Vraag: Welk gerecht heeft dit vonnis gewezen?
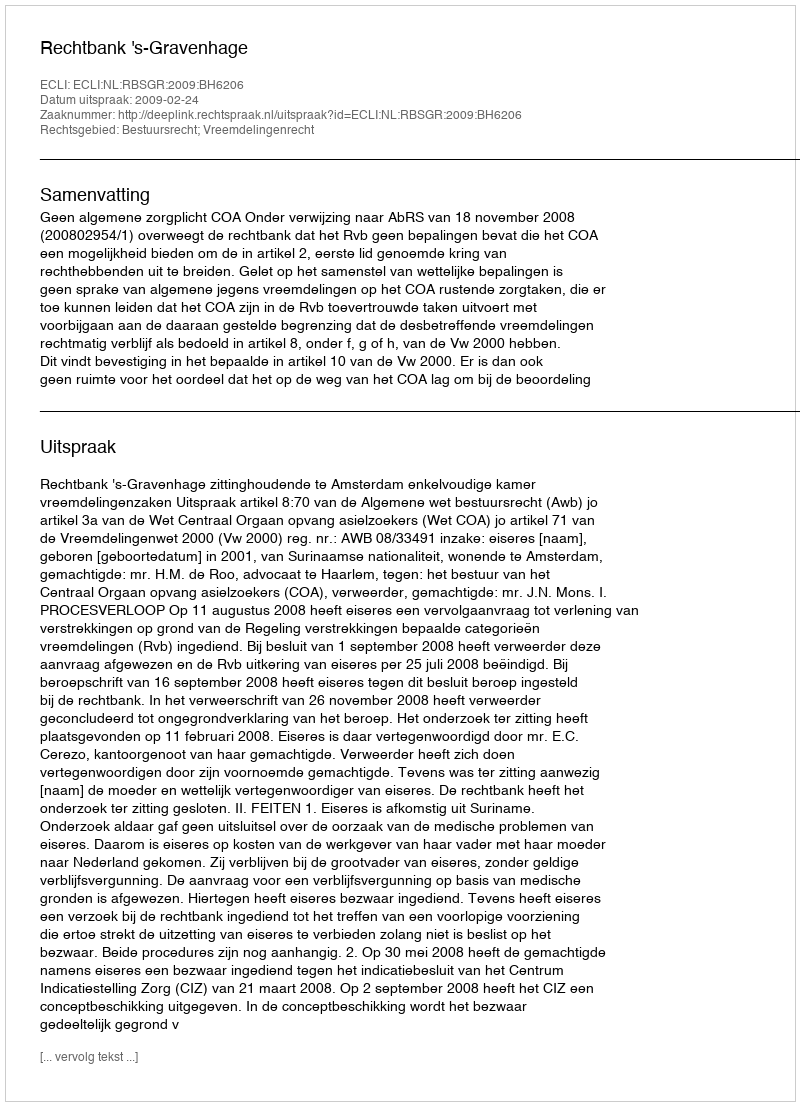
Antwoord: Rechtbank 's-Gravenhage